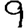
Digit: 9